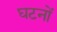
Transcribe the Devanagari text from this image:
घटनों